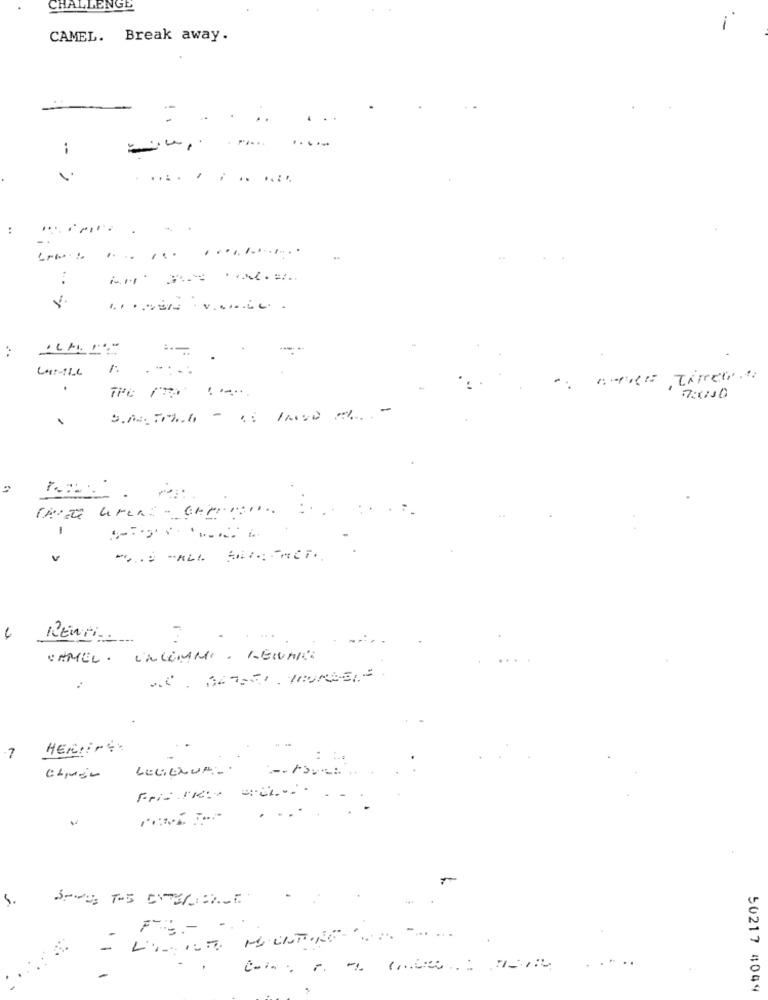
CHALLENGE
1
CAMEL. Break away.
-
...
.
--
......
........ . ..
...
LAMALL : ::
en Tirer"
.
TPC TTA :
..
7:0000
4
REWri ___
CAMEL. UNLIMMI . LEUUML
HERLING
7
LEGENUM-
5.
- .
F :- ..
.
.....
50217 4049